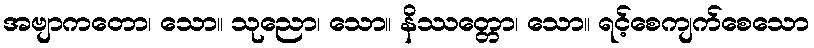
အဗျာကတော၊ သော။ သုညော၊ သော။ နိဿတ္တော၊ သော။ ရင့်စေကျက်စေသော